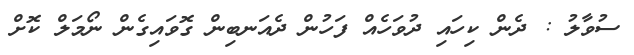
ސުވާލު : ދެން ކިހައި ދުވަހެއް ފަހުން ދެއަނބިން ގޮވައިގެން ނޯމަލް ކޮށް